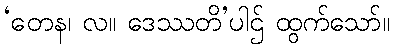
‘တေန၊ လ။ ဒေဿတိ’ပါဌ် ထွက်သော်။